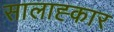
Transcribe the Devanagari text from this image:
सालाह्कार